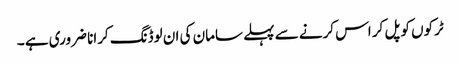
ٹرکوں کو پل کر اس کرنے سے پہلے سامان کی ان لوڈنگ کرانا ضروری ہے ۔